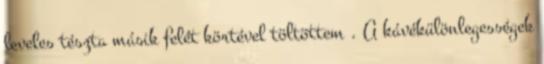
leveles tészta másik felét körtével töltöttem . A kávékülönlegességek